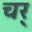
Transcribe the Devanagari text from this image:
चर्